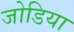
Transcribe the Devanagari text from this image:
जोडिया